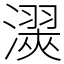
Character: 㵤